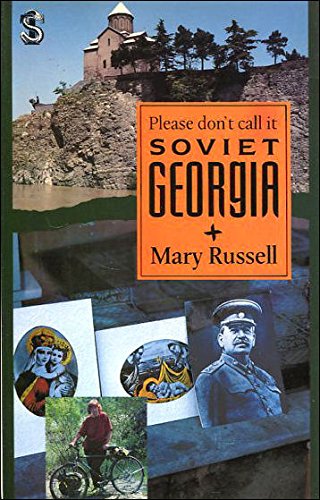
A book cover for Please Don't Call It Soviet Georgia; Mary Russell; Travel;